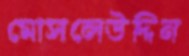
মোসলেউদ্দিন